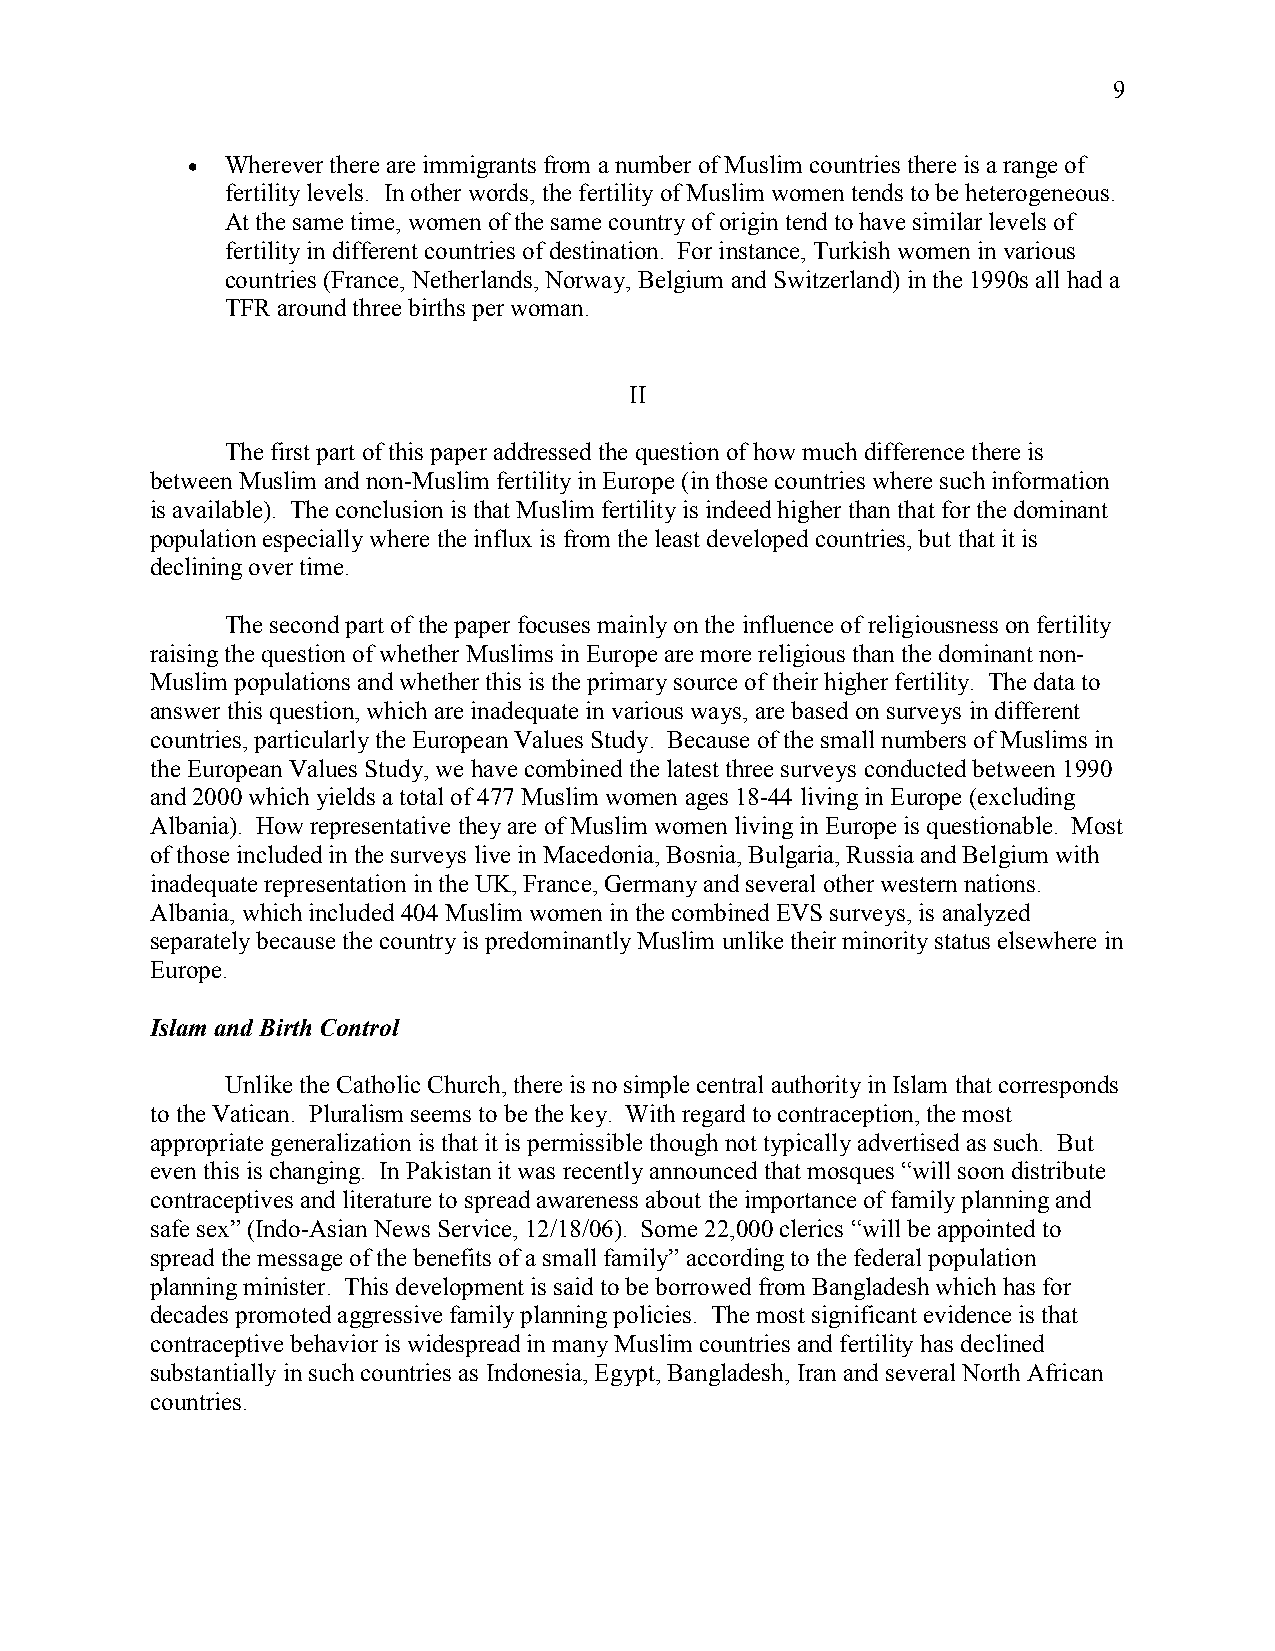
9
 •  Wherever there are immigrants from a number of Muslim countries there is a range of
 fertility levels. In other words, the fertility of Muslim women tends to be heterogeneous.
 At the same time, women of the same country of origin tend to have similar levels of
 fertility in different countries of destination. For instance, Turkish women in various
 countries (France, Netherlands, Norway, Belgium and Switzerland) in the 1990s all had a
 TFR around three births per woman.
 II
 The first part of this paper addressed the question of how much difference there is
 between Muslim and non-Muslim fertility in Europe (in those countries where such information
 is available). The conclusion is that Muslim fertility is indeed higher than that for the dominant
 population especially where the influx is from the least developed countries, but that it is
 declining over time.
 The second part of the paper focuses mainly on the influence of religiousness on fertility
 raising the question of whether Muslims in Europe are more religious than the dominant non-
 Muslim populations and whether this is the primary source of their higher fertility. The data to
 answer this question, which are inadequate in various ways, are based on surveys in different
 countries, particularly the European Values Study. Because of the small numbers of Muslims in
 the European Values Study, we have combined the latest three surveys conducted between 1990
 and 2000 which yields a total of 477 Muslim women ages 18-44 living in Europe (excluding
 Albania). How representative they are of Muslim women living in Europe is questionable. Most
 of those included in the surveys live in Macedonia, Bosnia, Bulgaria, Russia and Belgium with
 inadequate representation in the UK, France, Germany and several other western nations.
 Albania, which included 404 Muslim women in the combined EVS surveys, is analyzed
 separately because the country is predominantly Muslim unlike their minority status elsewhere in
 Europe.
 Islam and Birth Control
 Unlike the Catholic Church, there is no simple central authority in Islam that corresponds
 to the Vatican. Pluralism seems to be the key. With regard to contraception, the most
 appropriate generalization is that it is permissible though not typically advertised as such. But
 even this is changing. In Pakistan it was recently announced that mosques “will soon distribute
 contraceptives and literature to spread awareness about the importance of family planning and
 safe sex” (Indo-Asian News Service, 12/18/06). Some 22,000 clerics “will be appointed to
 spread the message of the benefits of a small family” according to the federal population
 planning minister. This development is said to be borrowed from Bangladesh which has for
 decades promoted aggressive family planning policies. The most significant evidence is that
 contraceptive behavior is widespread in many Muslim countries and fertility has declined
 substantially in such countries as Indonesia, Egypt, Bangladesh, Iran and several North African
 countries.